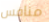
منافس